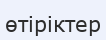
өтіріктер